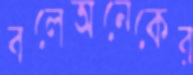
বলেঅনেকের